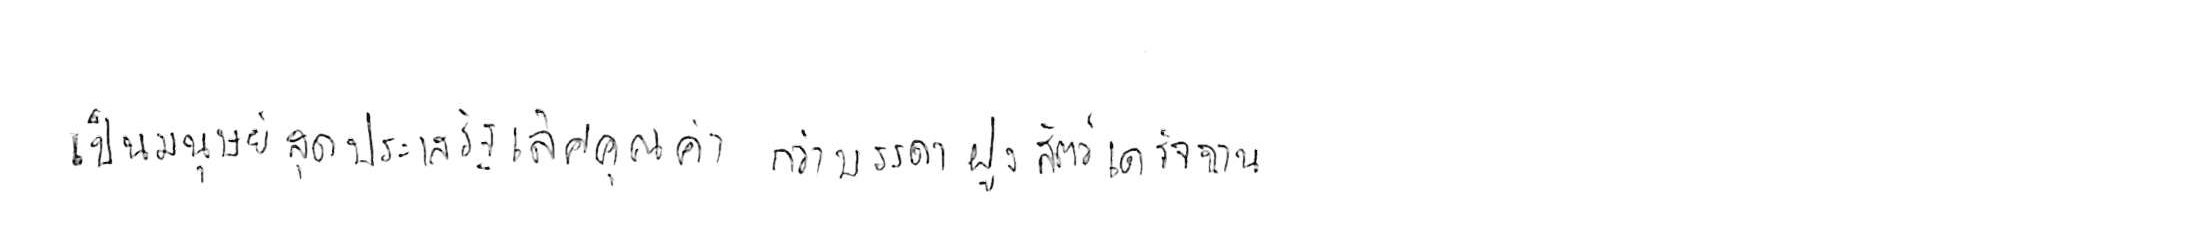
เป็นมนุษย์สุดประเสริฐเลิศคุณค่า กว่าบรรดาฝูงสัตว์เดรัจฉาน